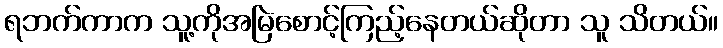
ရဘက်ကာက သူ့ကိုအမြဲစောင့်ကြည့်နေတယ်ဆိုတာ သူ သိတယ်။